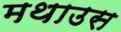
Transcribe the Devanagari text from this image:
मथाउस